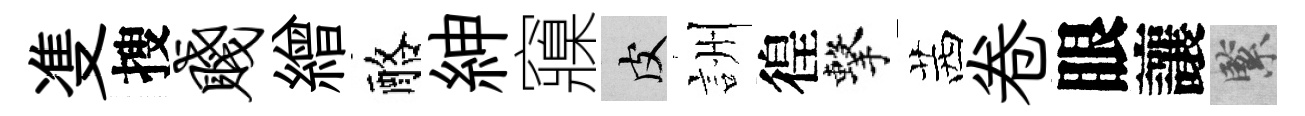
㕠搜贱繒酪紳䆿皮詶徨擊茜卷眼讓緊